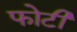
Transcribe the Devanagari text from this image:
फोटी